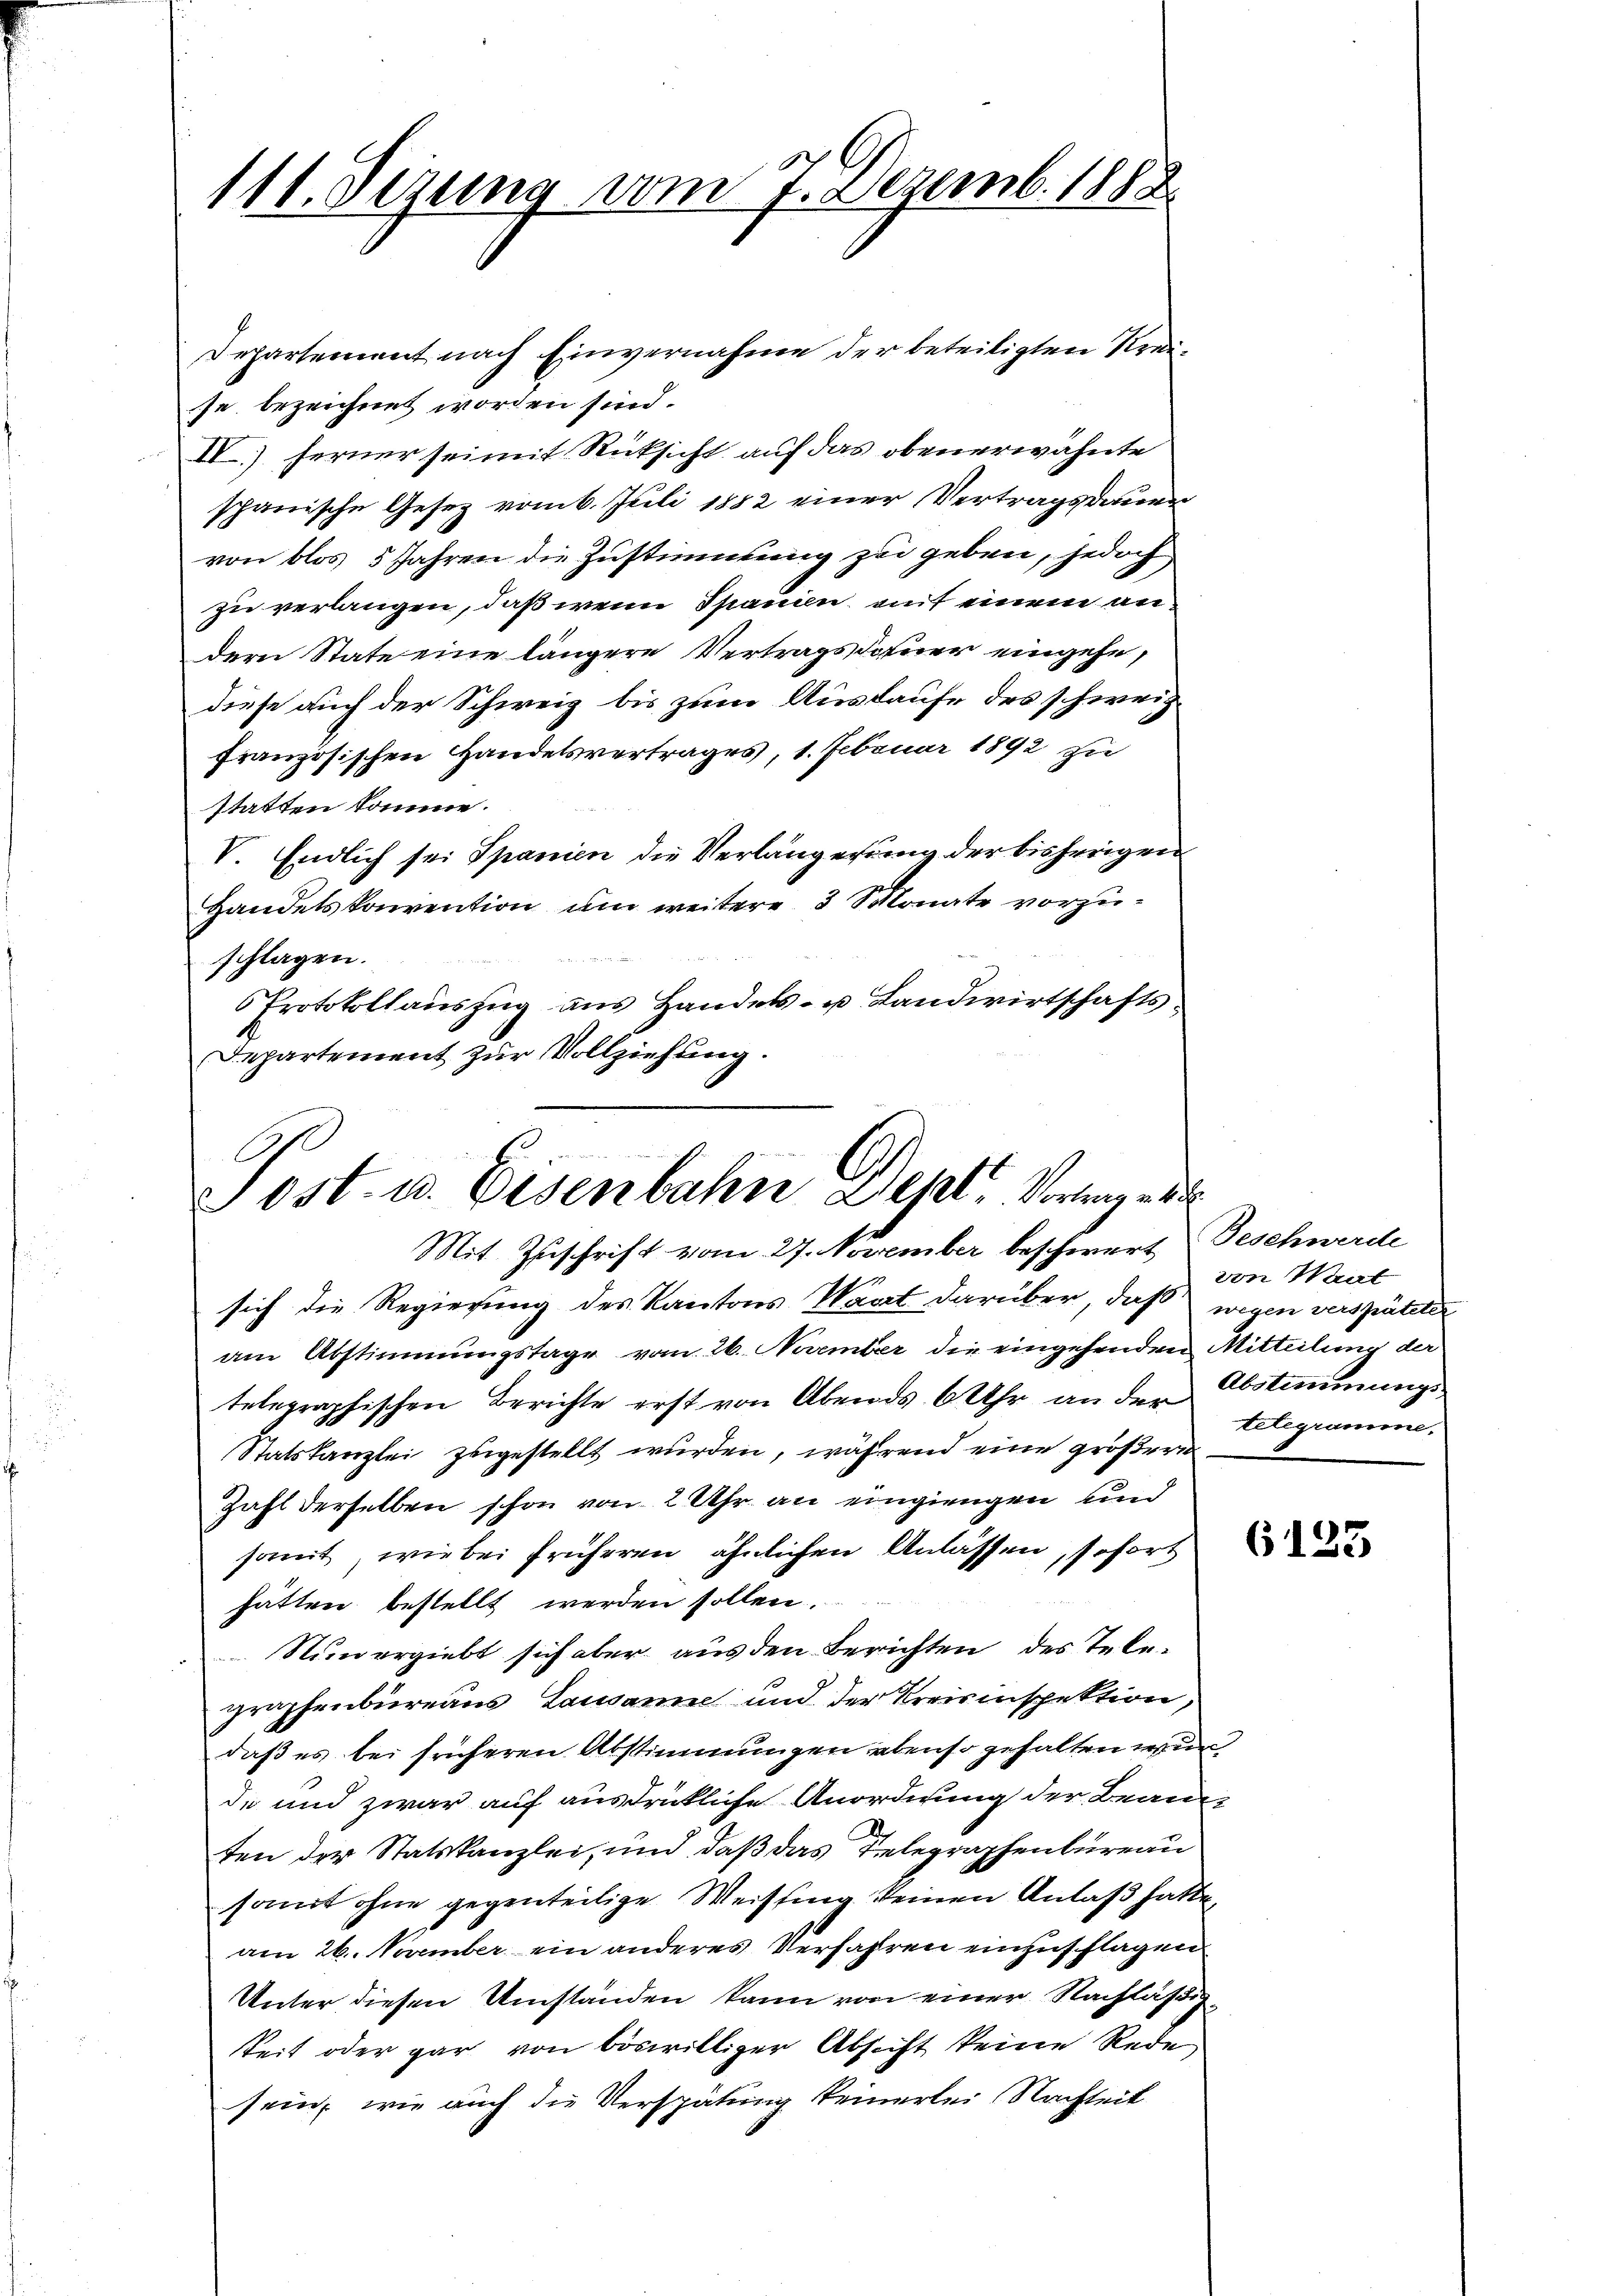
111. Dezung vom 7. Dezemb. 1888

Departement nach Einvernahme der beteiligten Kreise bezeichnet worden sind.
IV) ferner sei mit Rücksicht auf das obenerwähnte
spanische Gesez vom 6. Juli 1882 einer Vertragsdauer
von blos 5 Jahren die Zustimmung zu geben, jedoch
zu verlangen, daß wenn Spanien, auf einem andern State eine längere Vertragsdauer eingehe,
diese auch der Schweiz bis zum Auslaufe des schweiz
französischen Handelsvertrages, 1. Februar 1892 zu
statten komme.
V. Endlich sei Spanien die Verlängerung der bisherigen
Handelskonvention um weitere 3 Monate vorzuschlagen.
Protokollauszug aus Handels- u Landwirtschafts¬
Departement zur Vollziehung.

C
Sost- u. Eisenbahn Dept. Vorlege

Mit Zuschrift vom 27. November beschwert Geschwerde
sich die Regierung des Kantons Waart darüber, daß wegen verspäteter
am Abstimmungstage vom 26. November die eingehenden Mitteilung der
telegraphischen Berichte erst von Abends 6 Uhr an der Abstimmungs-
Statskanzlei zugestellt wurden, während eine größere
Zahl derselben schon von 2 Uhr an eingiengen und
somit, wie bei früheren ähnlichen Anlassen, sofort
hätten bestellt werden sollen.
Nunergiebt sich aber aus den Berichten des Telegraphenbureaus Lausanne und der Kreisinspektion,
daß es bei früheren Abstimmungen ebenso gehalten wur
de und zwar auf ausdrückliche Anordnung der Bean
ten der Statskanzlei, und daß das Telegraphenbürrau
samt ohne gegenteilige Weistung keinen Anlaß hatte,
am 26. November ein anderes Verfahren einzuschlagen
Unter diesen Umständen kann von einer Nachläßig¬
Seit oder gar von böswilliger Absicht keine Rede
sein, wie auch die Verspätung keinerlei Nachheit

von Wat
telegramme.